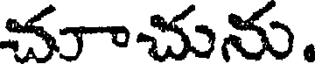
చూాచును.